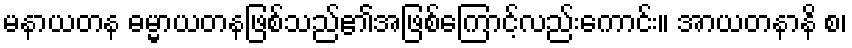
မနာယတန ဓမ္မာယတနဖြစ်သည်၏အဖြစ်ကြောင့်လည်းကောင်း။ အာယတနာနိ စ၊